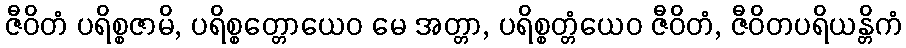
ဇီဝိတံ ပရိစ္စဇာမိ, ပရိစ္စတ္တောယေဝ မေ အတ္တာ, ပရိစ္စတ္တံယေဝ ဇီဝိတံ, ဇီဝိတပရိယန္တိကံ